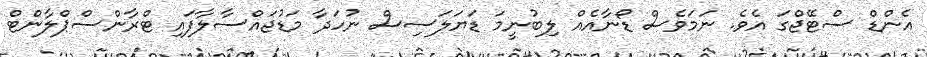
އެންޑް ސްޓޭޖްގަ އެވެ. ނަމަވެސް ޑޯނާއެއް ލިބުނީމަ ޑަޔަލަސިސް ނުހަދާ މަޑުޖައްސާލާފައި ޓްރާންސްޕްލާންޓް